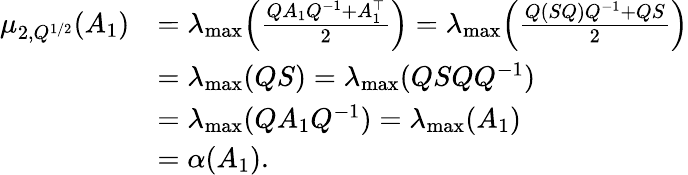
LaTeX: \begin{array}{rl}{\mu_{2,Q^{1/2}}(A_{1})}&{=\lambda_{\textup{max}}\Big(\frac{QA_{1}Q^{-1}{+}A_{1}^{\top}}{2}\Big)=\lambda_{\textup{max}}\Big(\frac{Q(SQ)Q^{-1}{+}QS}{2}\Big)}\\ &{=\lambda_{\textup{max}}(QS)=\lambda_{\textup{max}}(QSQQ^{-1})}\\ &{=\lambda_{\textup{max}}(QA_{1}Q^{-1})=\lambda_{\textup{max}}(A_{1})}\\ &{=\alpha(A_{1}).}\end{array}